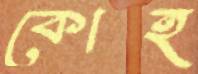
কোহ